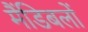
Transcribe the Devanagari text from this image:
मैंडिबलों